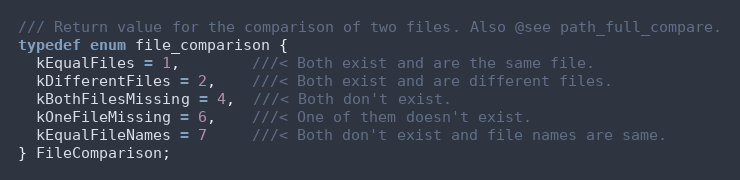
Language: C
/// Return value for the comparison of two files. Also @see path_full_compare.
typedef enum file_comparison {
  kEqualFiles = 1,        ///< Both exist and are the same file.
  kDifferentFiles = 2,    ///< Both exist and are different files.
  kBothFilesMissing = 4,  ///< Both don't exist.
  kOneFileMissing = 6,    ///< One of them doesn't exist.
  kEqualFileNames = 7     ///< Both don't exist and file names are same.
} FileComparison;